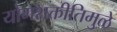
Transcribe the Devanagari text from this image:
योगशक्तीतिमुळे